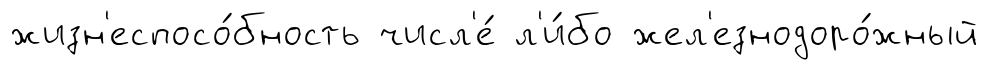
жизн'еспосо́бность числ'е́ л'и́бо жел'езнодоро́жный